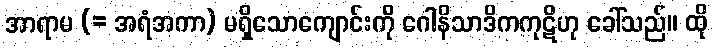
အာရာမ (= အရံအကာ) မရှိသောကျောင်းကို ဂေါနိသာဒိကကုဋိဟု ခေါ်သည်။ ထို